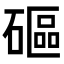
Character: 𥕥